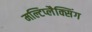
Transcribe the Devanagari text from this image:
मल्टिप्लैक्सिंग